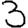
Digit: 3